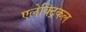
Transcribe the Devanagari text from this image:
एलेक्ट्रिकल